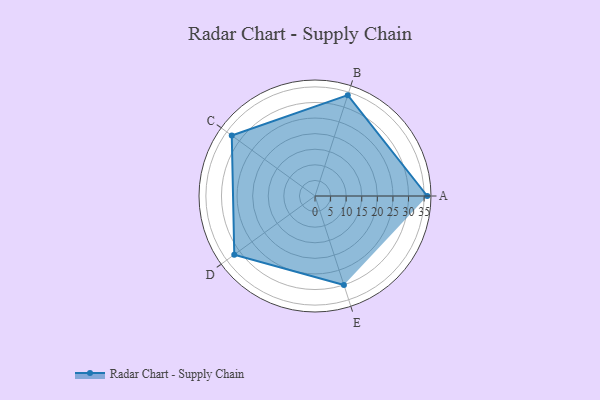
{"axis": {"x": "Skill", "y": "Score"}, "legend": ["Profile"], "data": [{"x": "A", "y": 36.0, "type": "Profile"}, {"x": "B", "y": 34.0, "type": "Profile"}, {"x": "C", "y": 33.0, "type": "Profile"}, {"x": "D", "y": 32.0, "type": "Profile"}, {"x": "E", "y": 30.0, "type": "Profile"}]}